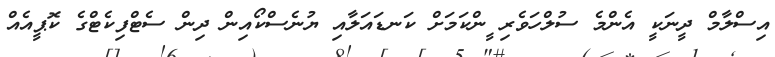
އިސްލާމް ދީނަކީ އެންމެ ސުލްހަވެރި ީންކަމަށް ކަނޑައަލާއި ޔުނެސްކޯއިން ދިން ސެެޓްފިކެޓްގެ ކޮޕީއެއް